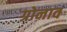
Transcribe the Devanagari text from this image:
ग्रोनाव